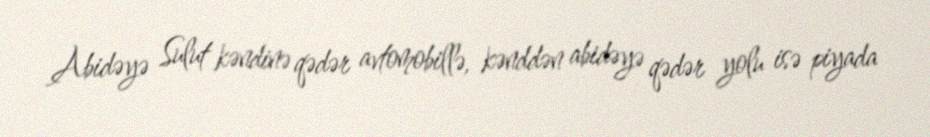
Abidəyə Sulut kəndinə qədər avtomobillə, kənddən abidəyə qədər yolu isə piyada